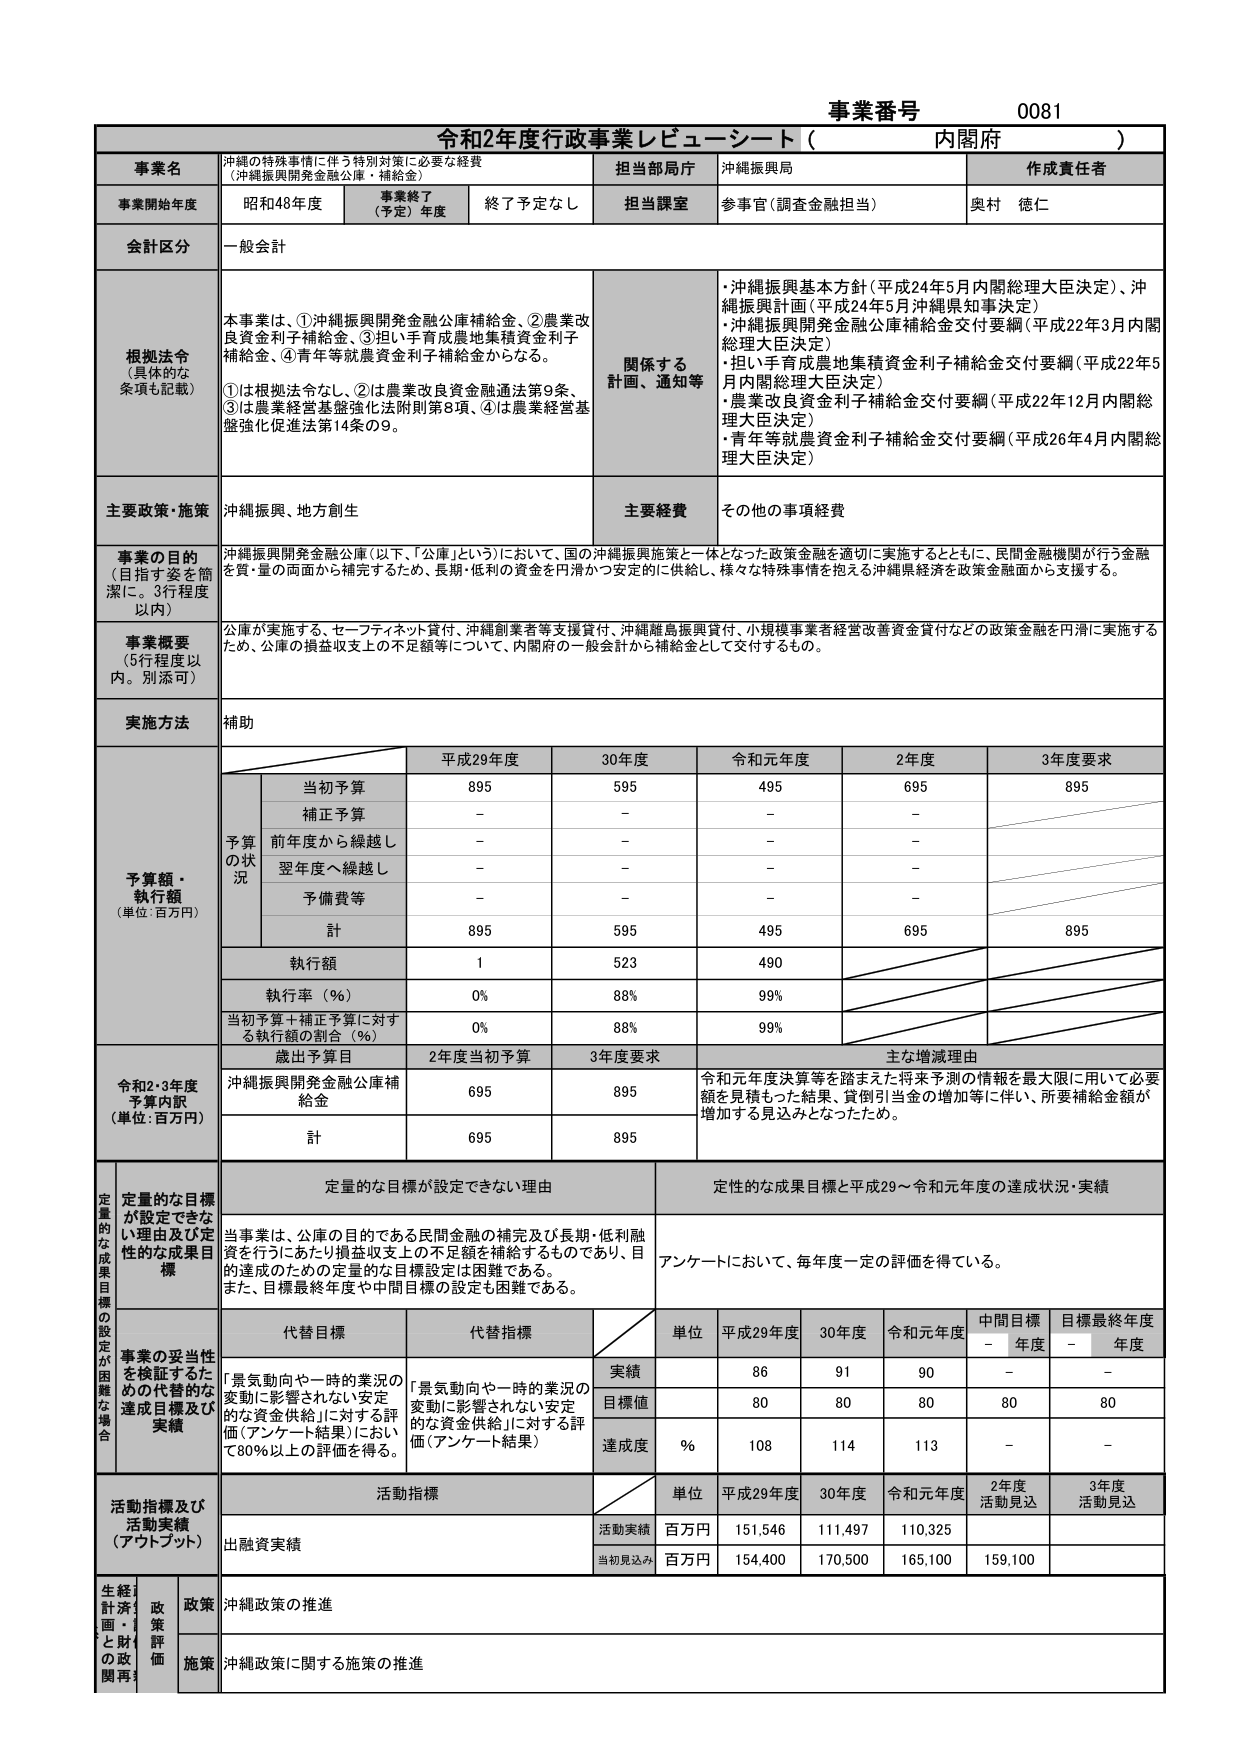
事業番号 0081
令和2年度行政事業レビューシート（内閣府）

事業名
沖縄の特殊事情に伴う特別対策に必要な経費
（沖縄振興開発金融公庫・補給金）

担当部局庁
沖縄振興局

作成責任者
奥村 徳仁

事業開始年度
昭和48年度

事業終了（予定）年度
終了予定なし

担当課室
参事官（調査金融担当）

会計区分
一般会計

根拠法令（具体的な条項も記載）
本事業は、①沖縄振興開発金融公庫補給金、②農業改良資金利子補給金、③担い手育成農地集積資金利子補給金、④青年等就農資金利子補給金からなる。
①は根拠法令なし、②は農業改良資金金融通法第9条、③は農業経営基盤強化法附則第8項、④は農業経営基盤強化促進法第14条の9。

関係する計画、通知等
・沖縄振興基本方針（平成24年5月内閣総理大臣決定）、沖縄振興計画（平成24年5月沖縄県知事決定）
・沖縄振興開発金融公庫補給金交付要綱（平成22年3月内閣総理大臣決定）
・担い手育成農地集積資金利子補給金交付要綱（平成22年5月内閣総理大臣決定）
・農業改良資金利子補給金交付要綱（平成22年12月内閣総理大臣決定）
・青年等就農資金利子補給金交付要綱（平成26年4月内閣総理大臣決定）

主要政策・施策
沖縄振興、地方創生

主要経費
その他の事務経費

事業の目的（目指す姿を簡潔に。3行程度以内）
沖縄振興開発金融公庫（以下、「公庫」という）において、国の沖縄振興施策と一体となった政策金融を適切に実施するとともに、民間金融機関が行う金融を質・量の両面から補完するため、長期・低利の資金を円滑かつ安定的に供給し、様々な特殊事情を抱える沖縄県経済を政策金融面から支援する。

事業概要（5行程度以内。別添可）
公庫が実施する、セーフティネット貸付、沖縄創業者等支援貸付、沖縄離島振興貸付、小規模事業者経営改善資金貸付などの政策金融を円滑に実施するため、公庫の損益収支上の不足額等について、内閣府の一般会計から補給金として交付するもの。

実施方法
補助

予算額・執行額（単位：百万円）
予算の状況
平成29年度 30年度 令和元年度 2年度 3年度要求
当初予算 895 595 495 695 895
補正予算 - - - -
前年度から繰越し - - - -
翌年度へ繰越し - - - -
予備費等 - - - -
計 895 595 495 695 895
執行額 1 523 490
執行率（％） 0% 88% 99%
当初予算＋補正予算に対する執行額の割合（％） 0% 88% 99%

令和2・3年度予算内訳（単位：百万円）
歳出予算目 2年度当初予算 3年度要求 主な増減理由
沖縄振興開発金融公庫補給金 695 895 令和元年度決算等を踏まえた将来予測の情報を最大限に用いて必要額を見積もった結果、貸倒引当金の増加等に伴い、所要補給金額が増加する見込みとなったため。
計 695 895

定量的な目標が設定できない理由
当事業は、公庫の目的である民間金融の補完及び長期・低利融資を行うにあたり損益収支上の不足額を補給するものであり、目的達成のための定量的な目標設定は困難である。
また、目標最終年度や中間目標の設定も困難である。

定性的な成果目標と平成29～令和元年度の達成状況・実績
アンケートにおいて、毎年度一定の評価を得ている。

代替目標
「景気動向や一時的業況の変動に影響されない安定的な資金供給」に対する評価（アンケート結果）において80％以上の評価を得る。

代替指標
「景気動向や一時的業況の変動に影響されない安定的な資金供給」に対する評価（アンケート結果）

単位 平成29年度 30年度 令和元年度 中間目標 - 年度 目標最終年度 - 年度
実績 86 91 90 - -
目標値 80 80 80 80 80
達成度 ％ 108 114 113 - -

活動指標及び活動実績（アウトプット）
活動指標
単位 平成29年度 30年度 令和元年度 2年度 活動見込 3年度 活動見込
出融資実績 活動実績 百万円 151,546 111,497 110,325
当初見込み 百万円 154,400 170,500 165,100 159,100

生産・経済計画・政策と財政の関連
政策 沖縄政策の推進
施策 沖縄政策に関する施策の推進